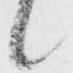
候